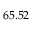
6 5 . 5 2 \